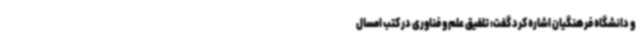
و دانشگاه فرهنگیان اشاره کرد گفت: تلفیق علم و فناوری در کتب امسال